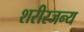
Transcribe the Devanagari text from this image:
शरीरजन्य